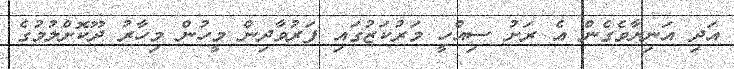
އަދި އަނިޔާވެގެން އެ ރަށު ސިއްހީ މަރުކަޒުގައި ފަރުވާދިން މީހުން މިހާރު ދޫކޮށްލުމުގެ